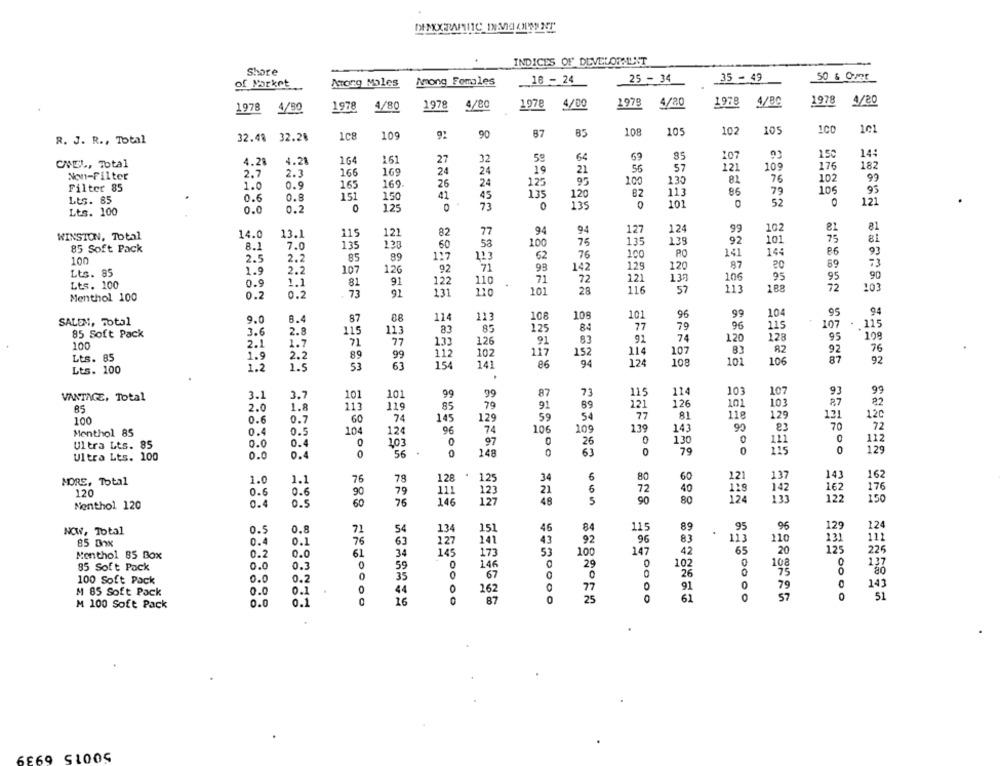
INDICES OF DEVELOPMENT
Shore
50 6 Over
of Market
Among Males
Among Females
16 - 24
25 - 34
35 - 49
1978
4/80
1978
4/80
1978
4/00
1978 4/20
1978
4/80
1978
4/20
1978 4/30
105
102
105
100
101
32.48 32.28
1c8
109
92
90
87
85
108
R. J. R ., Total
150
14:
4.28
4.28
164
161
27
32
59
64
53
CANEL, Total
56
57
109
176
182
Non-Filter
2.7
2.3
166
169
24
24
21
99
0.9
165
169
26
24
125
95
100
130
81
76
102
Filter 85
1.0
113
85
79
106
95
Lts. 85
0.6
0.8
151
150
41
45
135
120
82
0.2
0
125
0
73
0
135
0
101
52
121
Lts. 100
0.0
77
94
94
127
124
99
102
81
WINSTON, Total
14.0
13.1
115
121
82
75
8.1
135
138
60
53
100
75
135
138
92
10
81
85 Soft Pack
7.0
100
PO
141
144
86
93
100
2.5
2.2
85
89
117
113
62
76
2.2
107
92
71
98
142
129
120
87
20
69
73
Lts. 85
1.9
126
106
95
95
90
Lts. 100
0.9
1.1
81
91
122
110
71
72
121
137
101
28
116
57
11
188
72
103
Menthol 100
0.2
0.2
73
131
108
96
99
104
.95
94
SALEN, Total
9.0
8.4
87
08
114
113
106
101
115
113
83
125
77
79
96
115
107
115
85 Soft Pack
3.6
2.8
87
74
128
95
108
100
2.1
1.7
71
77
133
126
91
91
120
117
152
114
107
83
82
92
76
Lts. 85
1.9
2.2
89
99
112
102
101
106
87
92
1.2
1.5
53
63
154
141
86
94
124
108
Lts. 100
114
9
99
VANTAGE, Total
3.1
3.7
101
101
99
99
87
73
115
103
107
2.0
1.8
113
119
85
79
91
69
121
126
101
103
87
82
85
118
131
12C
100
0.6
0.7
60
74
145
129
59
54
77
81
129
104
124
96
74
106
109
139
143
90
70
72
Menthol 85
0.4
0.5
0.0
0.4
0
1,03
0
97
26
0
130
0
0
112
Ultra Lts. 85
0
0
148
0
79
0
115
0
129
Ultra Lts. 100
0.0
0.4
56
6
143
162
MORE, Total
1.0
1.1
76
78
128
125
34
80
60
121
137
120
0.6
79
111
21
6
72
40
118
142
162
176
0.6
90
124
150
Nenthol 120
0.4
0.5
60
76
146
127
48
5
90
80
122
0.5
0.8
54
134
46
84
115
89
95
96
129
224
NOW, Total
71
151
85 Dox
0.4
0.1
76
63
127
141
43
92
96
83
113
110
131
112
0.0
145
53
100
147
42
65
20
125
225
Menthol 85 Box
0.2
61
34
173
85 Soft Pack
0.0
0.3
0
59
146
29
0
102
108
35
DO
0
26
75
100 Soft Pack
0.0
0.2
0
67
0.0
0.1
0
44
162
77
91
0
79
143
M 85 Soft Pack
61
0
57
0
51
M 100 Soft Pack
0.0
0.1
C
16
OO
87
25
6669
51005